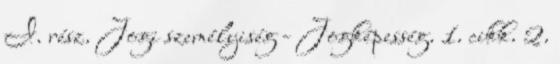
I. rész. Jogi személyiség - Jogképesség. 1. cikk. 2.